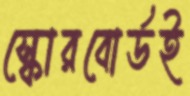
স্কোরবোর্ডই